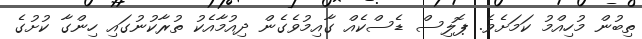
ތިބުން މުހިއްމު ކަމަށެވެ. ޕޮލިސް ޑެސްކެއް ގާއިމުވެގެން ދިއުމާއެކު ތުރާކުނުގައި ހިންގާ ކުށުގެ